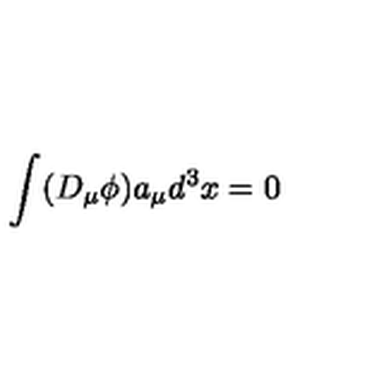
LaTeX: \int ( D _ { \mu } \phi ) a _ { \mu } d ^ { 3 } x = 0